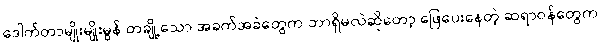
ဒေါက်တာမျိုးမျိုးမွန် တချို့သော အခက်အခဲတွေက ဘာရှိမလဲဆိုတော့ ဖြေပေးနေတဲ့ ဆရာဝန်တွေက